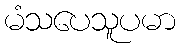
မံသပေသူပမာ